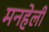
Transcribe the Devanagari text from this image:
मनहेली